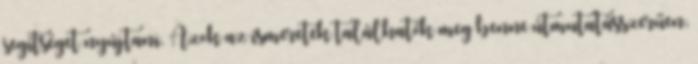
segítséget nyújtani. Azok az ismeretek találhatók meg benne útmutatásszerűen,